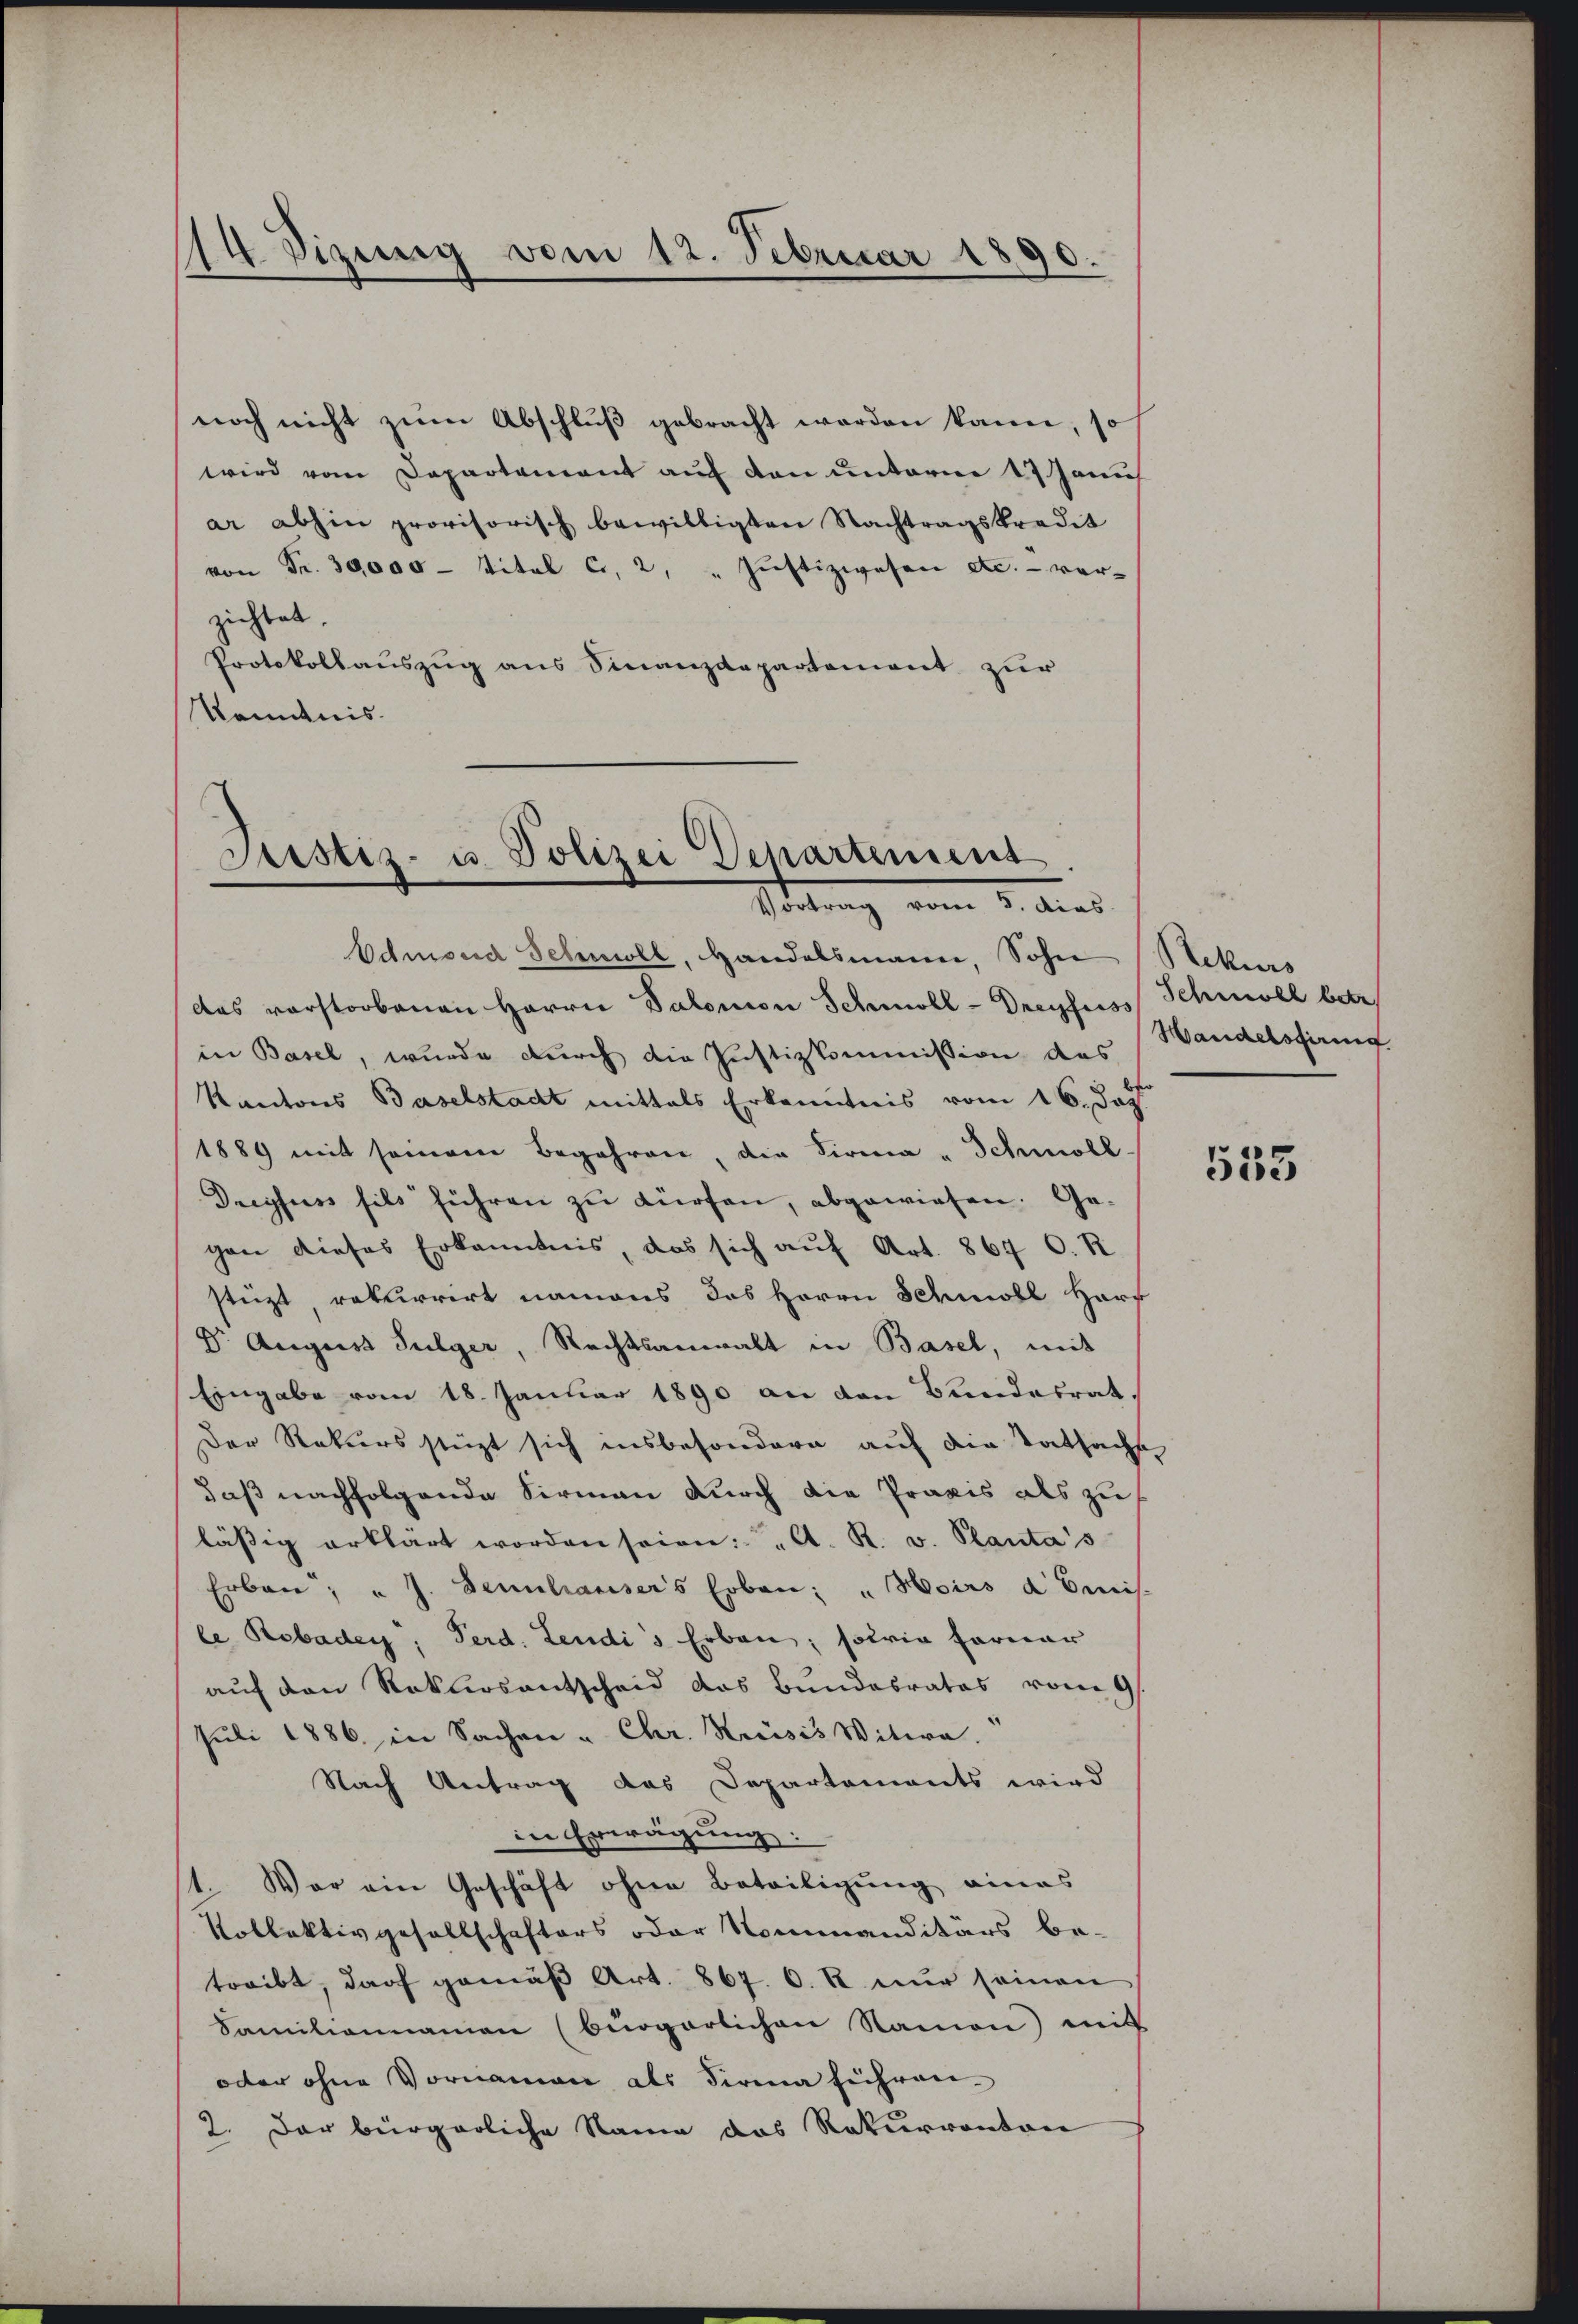
14 Sizung vom 12. Februar 1890.

noch nicht zŭm Abschluß gebracht worden kann, so
wird vom Departement auf den unterm 17. Janu
ar abhin provisorisch bewilligten Nachtragskredit
von Fr. 30000 - Titel C, 2, „ Justizwesen etc. - ver-
zichtet.
Protokollaŭszŭg ans Sinanzdepartement zur
Kenntnis.

Justiz- u. Polizei Departement
Stattung vom 1. dies
Edmsend Schwel, Handelsmann, Sohn Rekurs

das verstorbenen Herrn Salomon Schmoll-Dreyfuss Schmoll betr
in Basel, wurde durch die Justizkommission des Handelsfirmg
Kantons Baselstadt mittels Erkenntnis vom 16. Dez.
1889 mit seinem Begehren, die Firma - Schmoll
Dreyfus fils führen zu dürfen, abgewiesen. Gegen dieses Erkanntnis, das sich auf Art. 867 O. R.
stüzt, rekurrirt namens das Herrn Schmoll Harr
Dr. August Sulger, Rechtsanwalt in Basel, mit
Eingabe vom 18. Januar 1890 an den Bundesrat,
Der Rekurs stüzt sich insbesondere auf die Tatsacht
daß nachfolgende Sirmann durch die Praxis als zu
lässig erklärt worden seien. A. R. v. Plantas
Erben, u. J. Sennhausers Erben: "Moirs domis
le Rebaden, Ferd. Leudis Erbau, sowie ferner
auf den Roklosantscheid das Bundesrates vom 9.
Juli 1886 in Sachen u Chr. Kreisis Witwe.
Nach Antrag das Departements wird
in Erwägung:
1. War ein Geschäft ohne Beteiligŭng eines
Kollektivgesellschafters oder Kommanditärs be-
treibt, darf gemäß Art. 867. 6. R. nur seinen
Familiennamen (bürgerlichen Namen) mit
oder ohne Vornamen als Firma führen.
2. Der bürgerliche Name das Rekurrenton

535